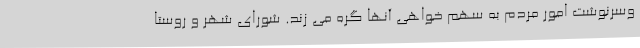
وسرنوشت امور مردم به سهم خواهی آنها گره می زند. شورای شهر و روستا